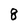
Character: g